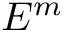
E ^ { m }